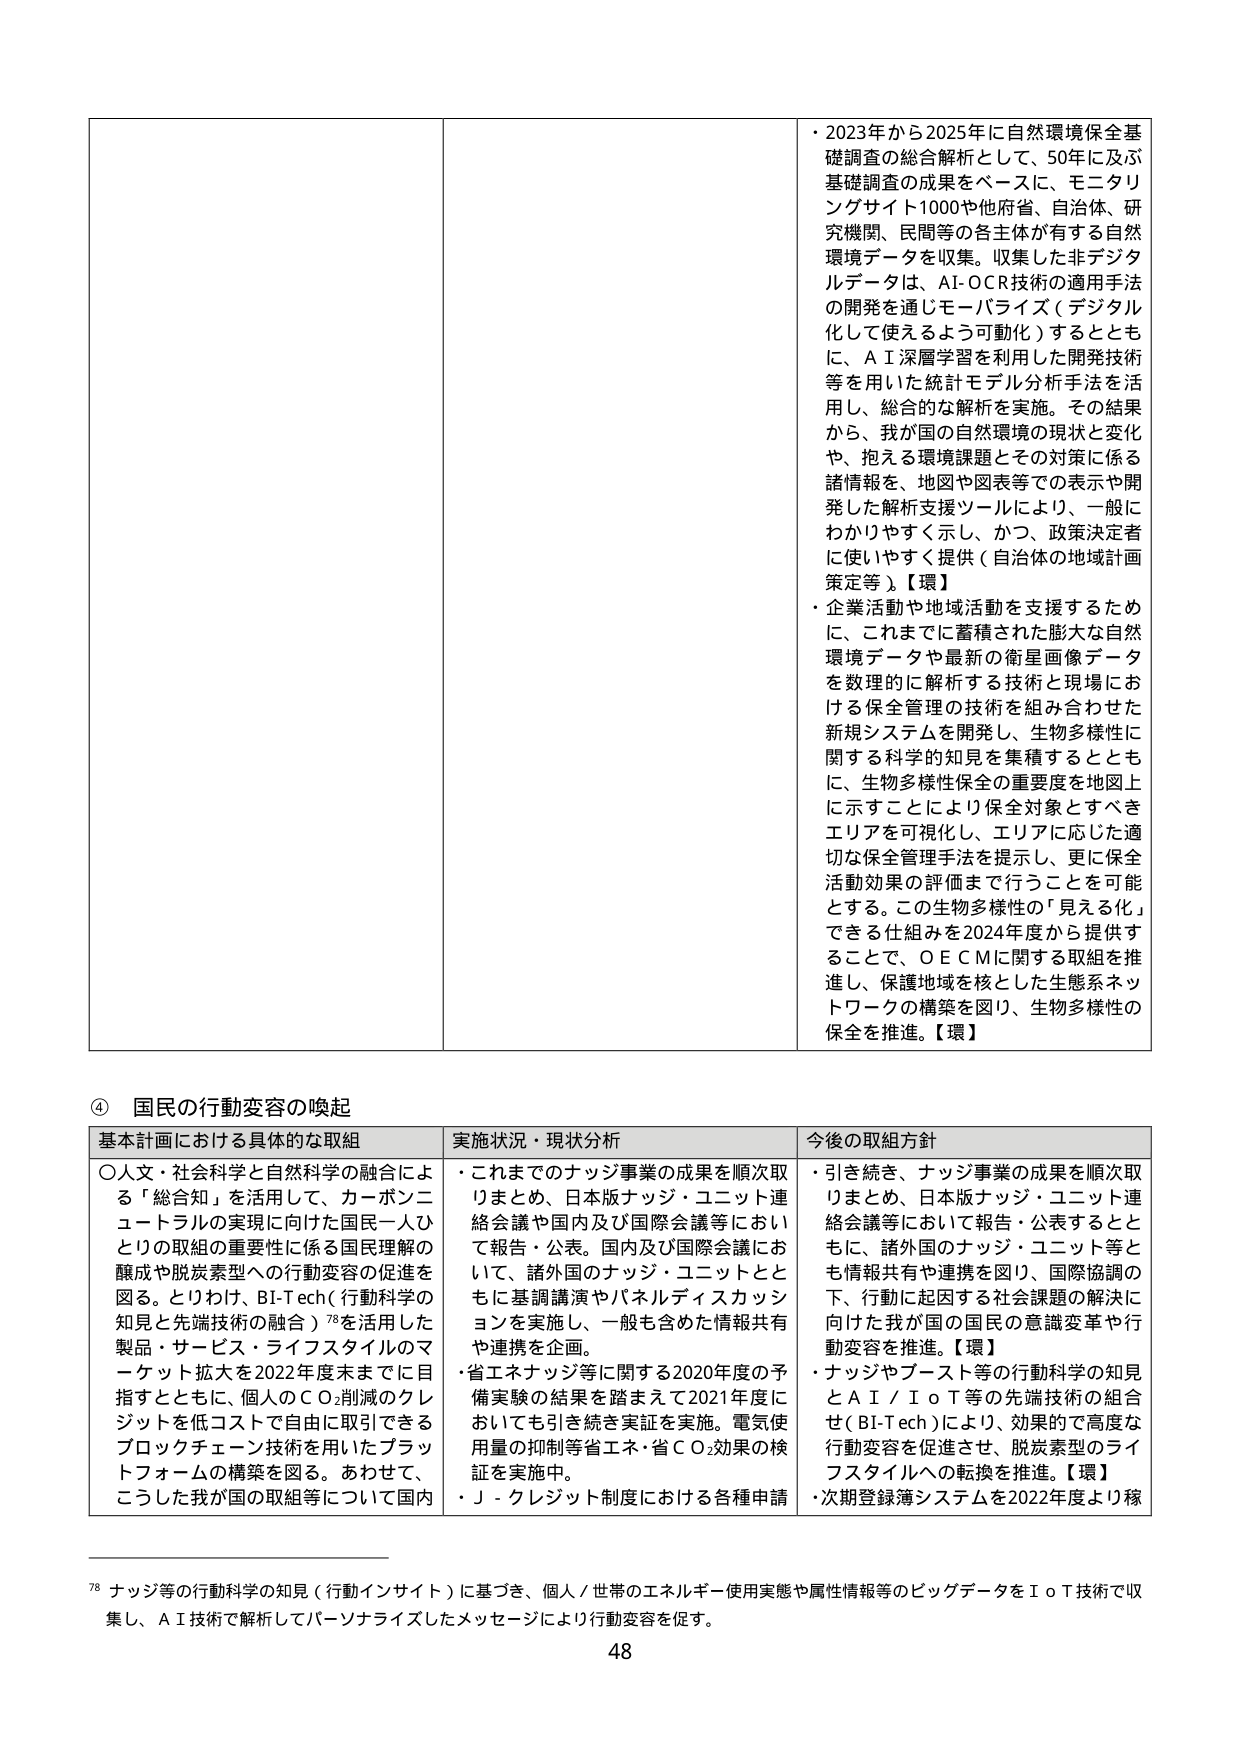
・2023年から2025年に自然環境保全基礎調査の総合解析として、50年に及ぶ基礎調査の成果をベースに、モニタリングサイト1000や他府省、自治体、研究機関、民間等の各主体が有する自然環境データを収集。収集した非デジタルデータは、AI-OCR技術の適用手法の開発を通じモーバライズ（デジタル化して使えるよう可動化）するとともに、AI深層学習を利用した開発技術等を用いた統計モデル分析手法を活用し、総合的な解析を実施。その結果から、我が国の自然環境の現状と変化や、抱える環境課題とその対策に係る諸情報を、地図や図表等での表示や開発した解析支援ツールにより、一般にわかりやすく示し、かつ、政策決定者に使いやすく提供（自治体の地域計画策定等）。【環】

・企業活動や地域活動を支援するために、これまでに蓄積された膨大な自然環境データや最新の衛星画像データを数理的に解析する技術と現場における保全管理の技術を組み合わせた新規システムを開発し、生物多様性に関する科学的知見を集積するとともに、生物多様性保全の重要度を地図上に示すことにより保全対象とすべきエリアを可視化し、エリアに応じた適切な保全管理手法を提示し、更に保全活動効果の評価まで行うことを可能とする。この生物多様性の「見える化」できる仕組みを2024年度から提供することで、OECMに関する取組を推進し、保護地域を核とした生態系ネットワークの構築を図り、生物多様性の保全を推進。【環】

④ 国民の行動変容の喚起

基本計画における具体的な取組 実施状況・現状分析 今後の取組方針

〇人文・社会科学と自然科学の融合による「総合知」を活用して、カーボンニュートラルの実現に向けた国民一人ひとりの取組の重要性に係る国民理解の醸成や脱炭素型への行動変容の促進を図る。とりわけ、BI-Tech（行動科学の知見と先端技術の融合）78を活用した製品・サービス・ライフスタイルのマーケット拡大を2022年度末までに目指すとともに、個人のCO₂削減のクレジットを低コストで自由に取引できるブロックチェーン技術を用いたプラットフォームの構築を図る。あわせて、こうした我が国の取組等について国内

・これまでのナッジ事業の成果を順次取りまとめ、日本版ナッジ・ユニット連絡会議や国内及び国際会議等において報告・公表。国内及び国際会議において、諸外国のナッジ・ユニットとともに基調講演やパネルディスカッションを実施し、一般も含めた情報共有や連携を企画。

・省エネナッジ等に関する2020年度の予備実験の結果を踏まえて2021年度においても引き続き実証を実施。電気使用量の抑制等省エネ・省CO₂効果の検証を実施中。

・J-クレジット制度における各種申請

・引き続き、ナッジ事業の成果を順次取りまとめ、日本版ナッジ・ユニット連絡会議等において報告・公表するとともに、諸外国のナッジ・ユニット等とも情報共有や連携を図り、国際協調の下、行動に起因する社会課題の解決に向けた我が国の国民の意識変革や行動変容を推進。【環】

・ナッジやブースト等の行動科学の知見とAI／IoT等の先端技術の組合せ（BI-Tech）により、効果的で高度な行動変容を促進させ、脱炭素型のライフスタイルへの転換を推進。【環】

・次期登録簿システムを2022年度より稼

78 ナッジ等の行動科学の知見（行動インサイト）に基づき、個人／世帯のエネルギー使用実態や属性情報等のビッグデータをIoT技術で収集し、AI技術で解析してパーソナライズしたメッセージにより行動変容を促す。

48